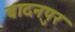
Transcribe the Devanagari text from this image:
बादनपुर